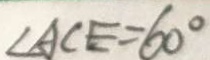
\angle A C E = 6 0 ^ { \circ }